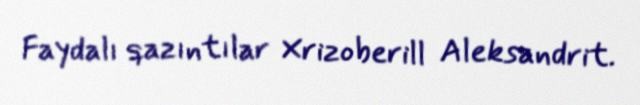
Faydalı qazıntılar Xrizoberill Aleksandrit.